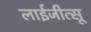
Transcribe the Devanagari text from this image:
लाईजीत्सू